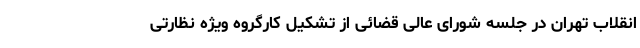
انقلاب تهران در جلسه شورای عالی قضائی از تشکیل کارگروه ویژه نظارتی